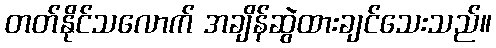
တတ်နိုင်သလောက် အချိန်ဆွဲထားချင်သေးသည်။